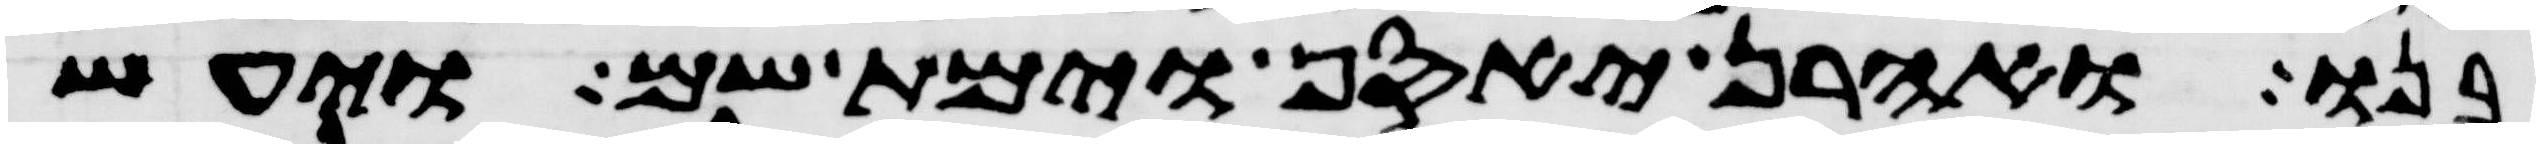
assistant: בנו ואהרן יאסף וימת שם ויעש